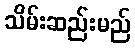
သိမ်းဆည်းမည်